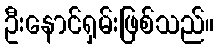
ဦးနောင်ရှမ်းဖြစ်သည်။